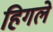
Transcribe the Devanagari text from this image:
हिगले